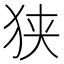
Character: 狭